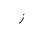
Letter: _zay